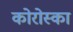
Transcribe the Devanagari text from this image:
कोरोस्का